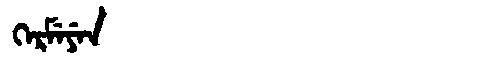
Manchu: ᡴᡝᡵᠮᡝᠶᡝᠨ
Romanization: KERMEYEN